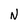
Character: N